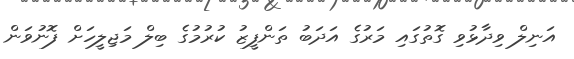
އަނިލް ވިދާޅުވި ގޮތުގައި މަރުގެ އަދަބު ތަންފީޒު ކުރުމުގެ ބިލް މަޖިލީހަށް ފޮނުވަން